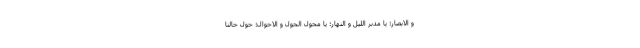
و الابصار؛ یا مدبر اللیل و النهار؛ یا محول الحول و الاحوال؛ حوّل حالنا